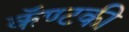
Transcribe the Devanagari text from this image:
कॅण्टकी